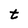
Character: t